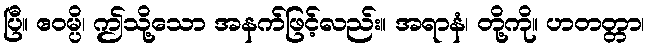
ပြီ။ ဧဝမ္ပိ၊ ဤသို့သော အနက်ဖြင့်လည်း။ အရာနံ၊ တို့ကို။ ဟတတ္တာ၊